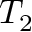
T _ { 2 }